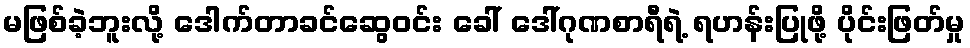
မဖြစ်ခဲ့ဘူးလို့ ဒေါက်တာခင်ဆွေဝင်း ခေါ် ဒေါ်ဂုဏစာရီရဲ့ ရဟန်းပြုဖို့ ပိုင်းဖြတ်မှု